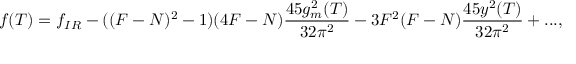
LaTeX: f ( T ) = f _ { I R } - ( ( F - N ) ^ { 2 } - 1 ) ( 4 F - N ) \frac { 4 5 g _ { m } ^ { 2 } ( T ) } { 3 2 \pi ^ { 2 } } - 3 F ^ { 2 } ( F - N ) \frac { 4 5 y ^ { 2 } ( T ) } { 3 2 \pi ^ { 2 } } + . . . ,